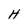
Character: H